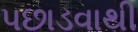
પછાડવાથી